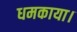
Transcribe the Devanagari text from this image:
धमकाया।